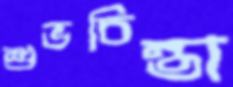
শুভচিন্তা